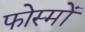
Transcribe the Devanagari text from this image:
फोस्मों